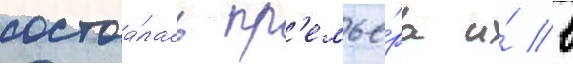
состоа́лась пр'емье́ра и́ в